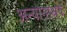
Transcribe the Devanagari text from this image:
अन्योनाश्रय